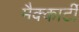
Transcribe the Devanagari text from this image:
मैक्कार्टी